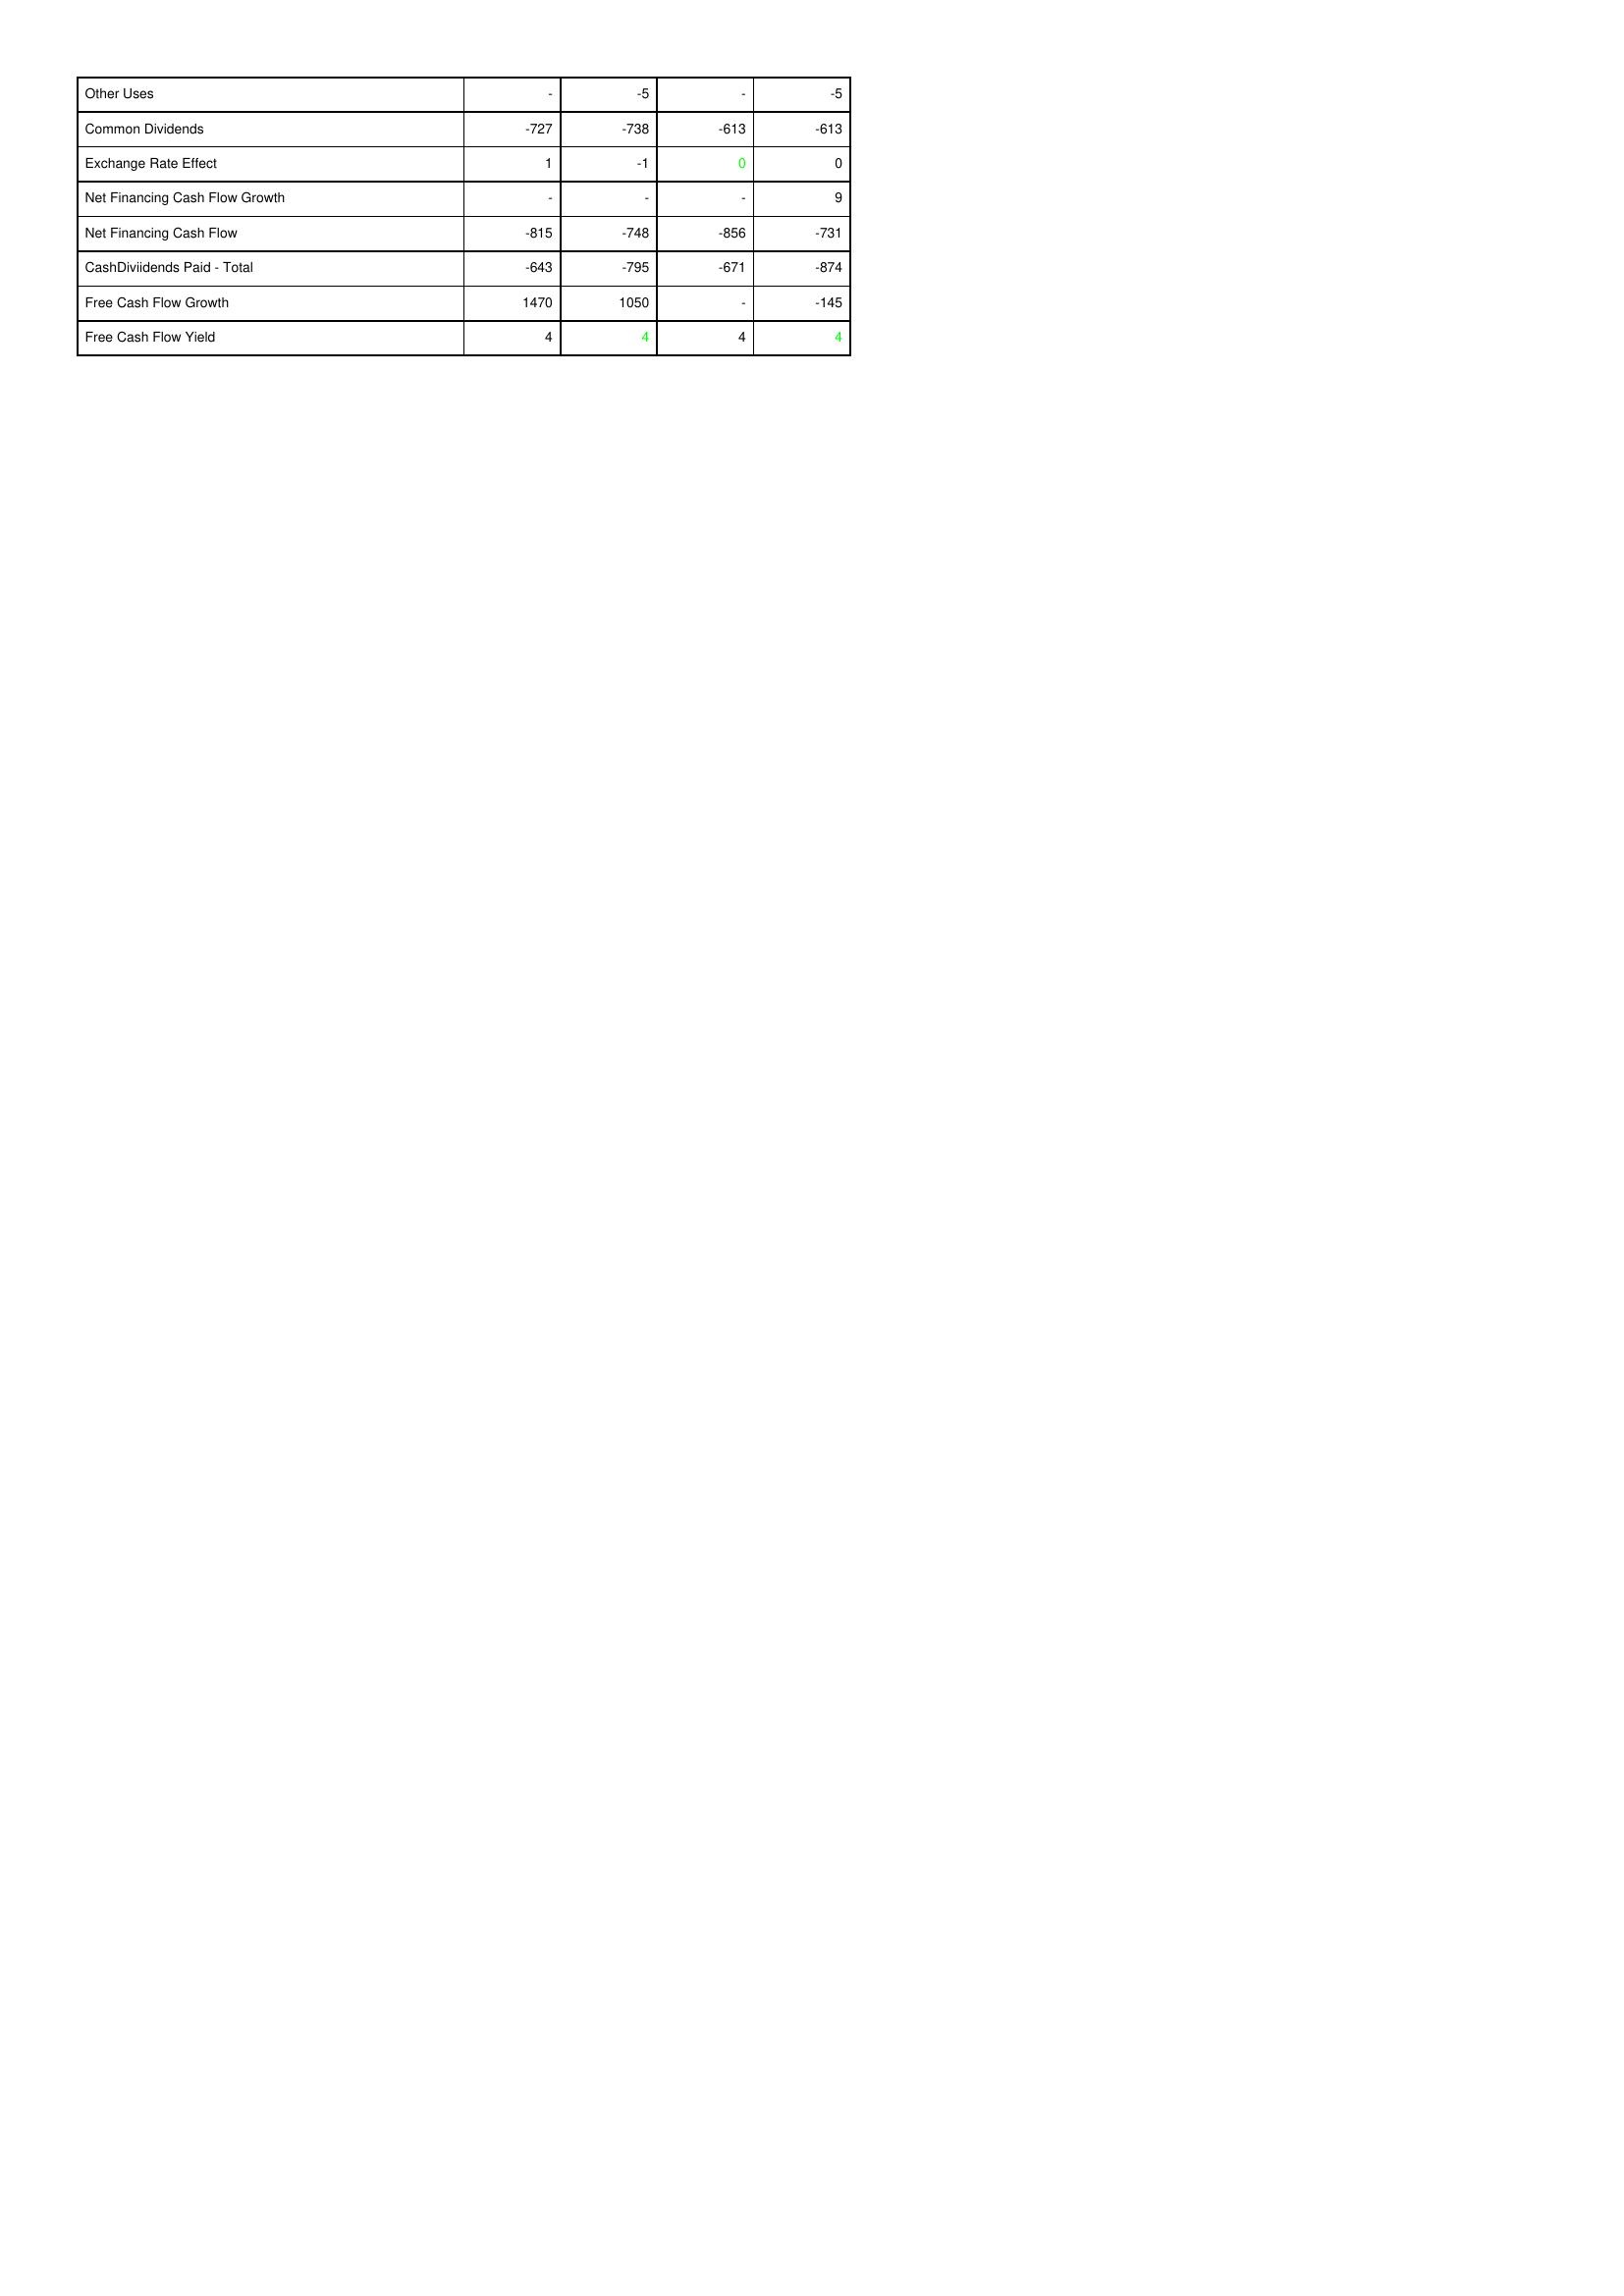
gt_parse: 2018: Financing Activities: Other Uses: -
Common Dividends: -727
Exchange Rate Effect: 1
Net Financing Cash Flow Growth: -
Net Financing Cash Flow: -815
CashDiviidends Paid - Total: -643
Free Cash Flow Growth: 1470
Free Cash Flow Yield: 4
2019: Financing Activities: Other Uses: -5
Common Dividends: -738
Exchange Rate Effect: -1
Net Financing Cash Flow Growth: -
Net Financing Cash Flow: -748
CashDiviidends Paid - Total: -795
Free Cash Flow Growth: 1050
Free Cash Flow Yield: 4
2020: Financing Activities: Other Uses: -
Common Dividends: -613
Exchange Rate Effect: 0
Net Financing Cash Flow Growth: -
Net Financing Cash Flow: -856
CashDiviidends Paid - Total: -671
Free Cash Flow Growth: -
Free Cash Flow Yield: 4
2021: Financing Activities: Other Uses: -5
Common Dividends: -613
Exchange Rate Effect: 0
Net Financing Cash Flow Growth: 9
Net Financing Cash Flow: -731
CashDiviidends Paid - Total: -874
Free Cash Flow Growth: -145
Free Cash Flow Yield: 4